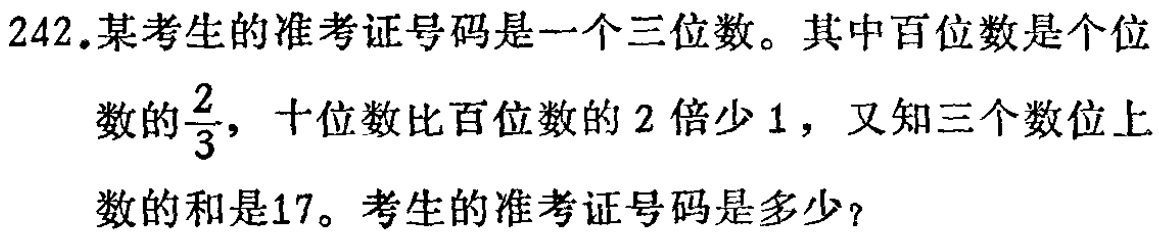
242.某考生的准考证号码是一个三位数。其中百位数是个位数的$\frac{2}{3}$，十位数比百位数的2倍少1，又知三个数位上数的和是17。考生的准考证号码是多少？